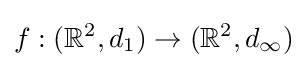
f:(\mathbb {R} ^{2},d_{1})\to (\mathbb {R} ^{2},d_{\infty })